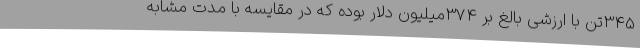
345تن با ارزشی بالغ بر 374میلیون دلار بوده که در مقایسه با مدت مشابه